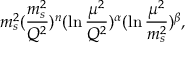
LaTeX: m _ { s } ^ { 2 } ( \frac { m _ { s } ^ { 2 } } { Q ^ { 2 } } ) ^ { n } ( \ln \frac { \mu ^ { 2 } } { Q ^ { 2 } } ) ^ { \alpha } ( \ln \frac { \mu ^ { 2 } } { m _ { s } ^ { 2 } } ) ^ { \beta } ,